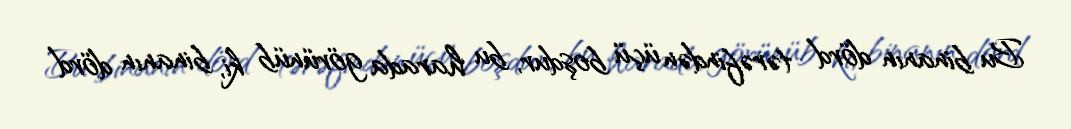
Bu binanın dörd tərəfindən üçü boşdur, bu harada görünüb ki, binanın dörd